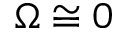
\Omega \cong 0